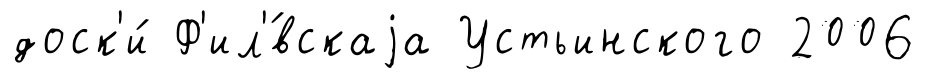
доск'и́ Ф'ил'́вскаjа Устьинского 2006